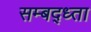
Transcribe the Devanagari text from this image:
सम्बद्ध्ता